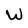
Character: W